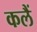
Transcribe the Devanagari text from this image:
कलैं